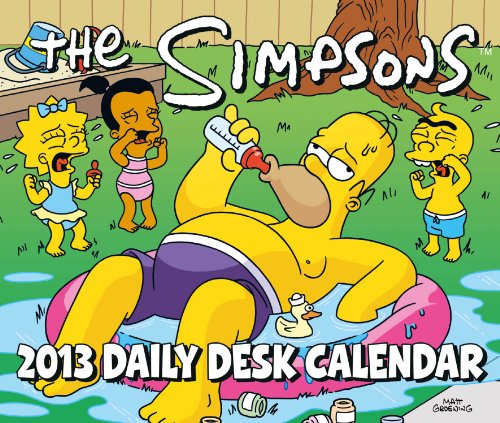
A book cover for Official The Simpsons Desk Block 2013 Calendar; Calendars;